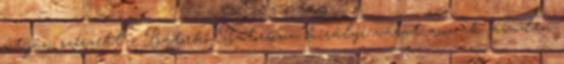
útján szerzett – Bátorkő Batorkuu királyi várat annak minden